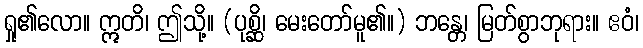
ရှု၏လော။ ဣတိ၊ ဤသို့။ (ပုစ္ဆိ၊ မေးတော်မူ၏။) ဘန္တေ၊ မြတ်စွာဘုရား။ ဧဝံ၊